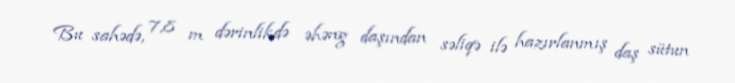
Bu sahədə, 7,8 m dərinlikdə əhəng daşından səliqə ilə hazırlanmış daş sütun